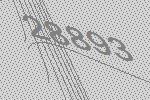
28893